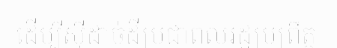
ដើម្បីស៊ីដាច់ដីប្រជាពលរដ្ឋប្រព្រឹត្ត